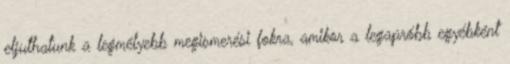
eljuthatunk a legmélyebb megismerési fokra, amikor a legapróbb egyébként